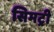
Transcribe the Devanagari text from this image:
सिमट्री